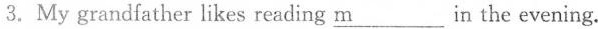
3.My grandfather likes reading \underline{m}___ in the evening.